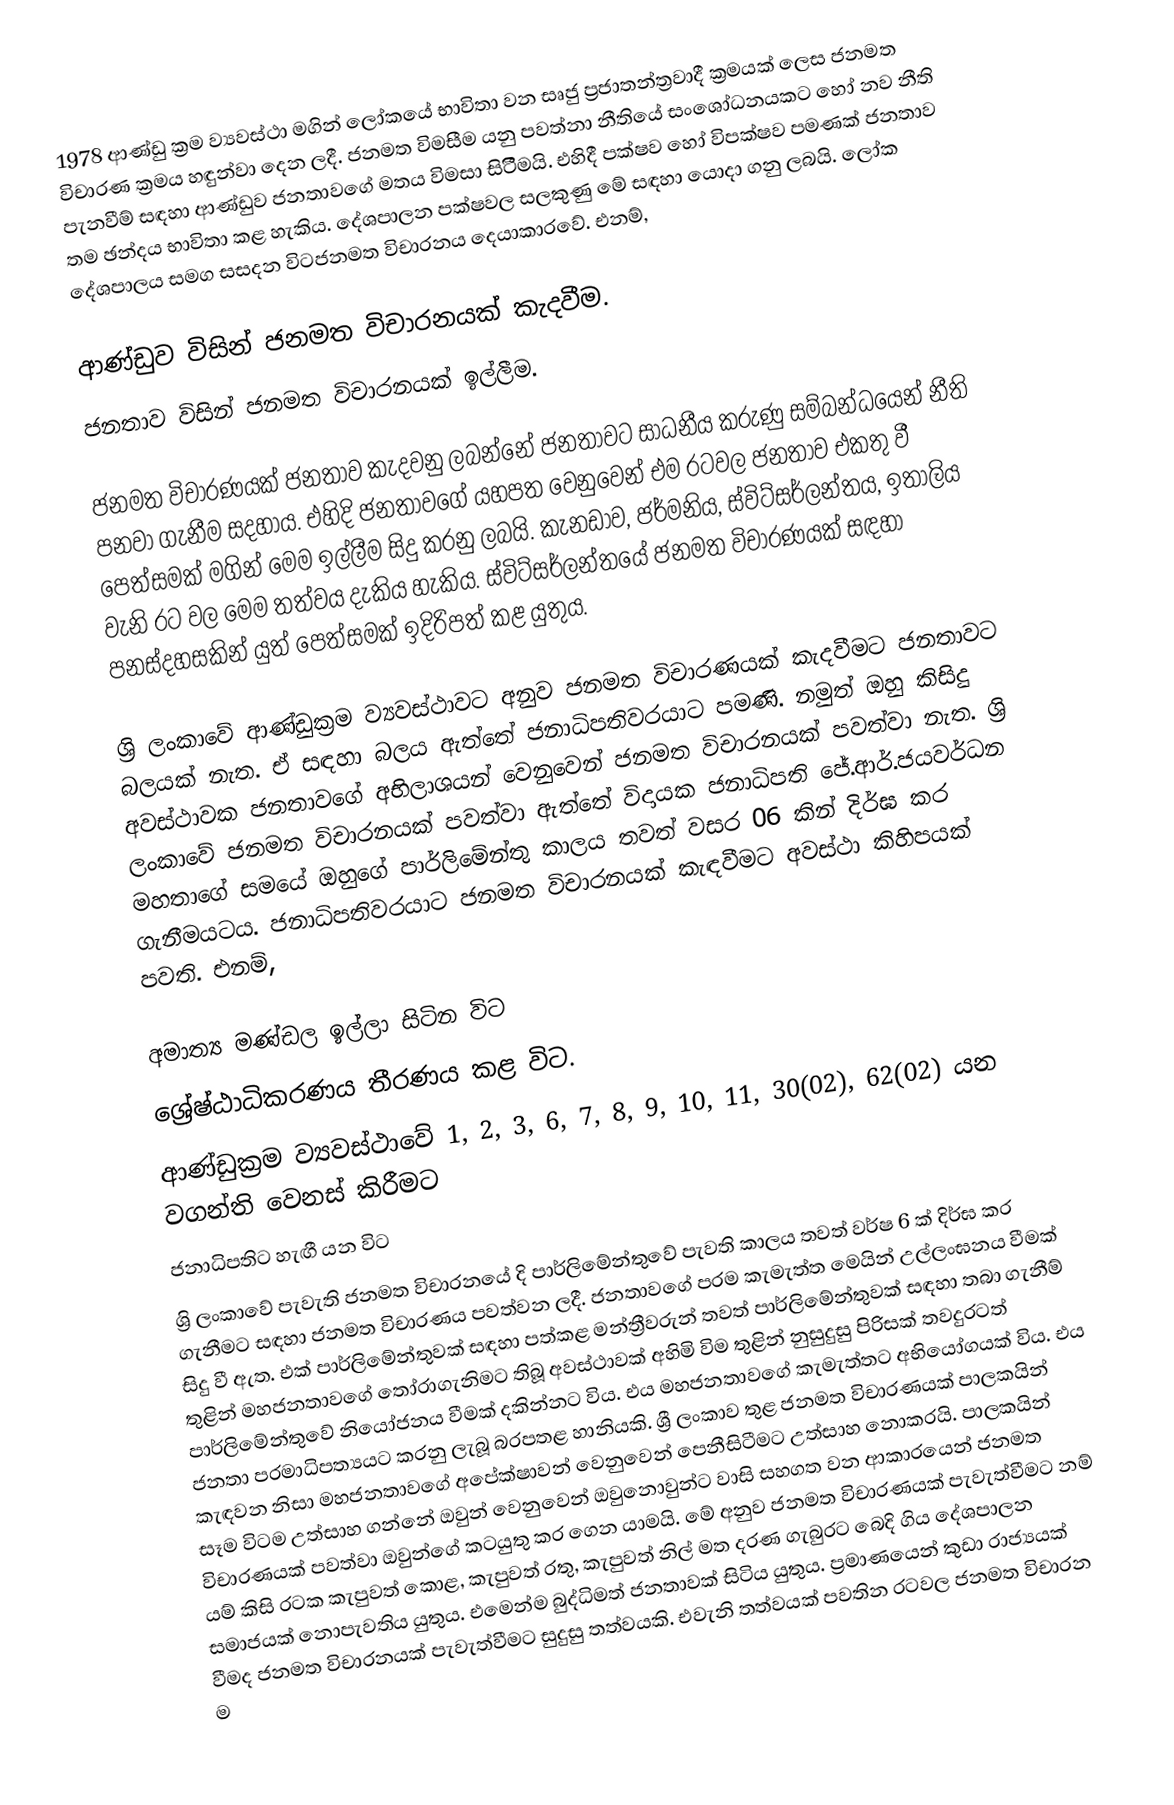
1978 ආණ්ඩු ක්‍රම ව්‍යවස්ථා මගින් ලෝකයේ භාවිතා වන  සෘජු  ප්‍රජාතන්ත්‍රවාදී ක්‍රමයක් ලෙස  ජනමත විචාරණ ක්‍රමය හඳුන්වා දෙන ලදී. ජනමත විමසීම යනු පවත්නා නීතියේ සංශෝධනයකට හෝ නව නීති පැනවීම් සඳහා ආණ්ඩුව ජනතාවගේ මතය විමසා සිටිීමයි. එහිදී පක්ෂව හෝ විපක්ෂව පමණක් ජනතාව තම ඡන්දය භාවිතා කළ හැකිය. දේශපාලන  පක්ෂවල සලකුණු මේ සඳහා යොදා ගනු ලබයි. ලෝක දේශපාලය සමග සසදන විටජනමත විචාරනය දෙයාකාරවේ. එනම්,

 ආණ්ඩුව විසින් ජනමත විචාරනයක් කැදවීම.
 ජනතාව විසින් ජනමත විචාරනයක් ඉල්ලීම.

ජනමත විචාරණයක් ජනතාව කැදවනු ලබන්නේ  ජනතාවට සාධනීය කරුණු සම්බන්ධයෙන් නීති පනවා ගැනීම සදහාය. එහිදි ජනතාවගේ යහපත වෙනුවෙන් එම රටවල ජනතාව එකතු වී පෙත්සමක් මගින් මෙම ඉල්ලීම සිදු කරනු ලබයි. කැනඩාව, ජර්මනිය, ස්විට්සර්ලන්තය, ඉතාලිය   වැනි රට වල මෙම තත්වය දැකිය හැකිය. ස්විට්සර්ලන්තයේ ජනමත විචාරණයක් සඳහා පනස්දහසකින් යුත් පෙත්සමක් ඉදිරිපත් කළ යුතුය.

ශ්‍රි  ලංකාවේ ආණ්ඩුක්‍ර‍ම ව්‍යවස්ථාවට අනුව  ජනමත විචාරණයක් කැදවීමට ජනතාවට බලයක් නැත. ඒ සඳහා බලය ඇත්තේ ජනාධිපතිවරයාට පමණි. නමුත් ඔහු කිසිදු අවස්ථාවක ජනතාවගේ අභිලාශයන් වෙනුවෙන් ජනමත විචාරනයක් පවත්වා නැත. ශ්‍රි ලංකාවේ ජනමත විචාරනයක් පවත්වා ඇත්තේ විදායක ජනාධිපති ජේ.ආර්.ජයවර්ධන මහතාගේ සමයේ ඔහුගේ පාර්ලිමේන්තු කාලය තවත් වසර 06 කින් දිර්ඝ කර ගැනීමයටය. ජනාධිපතිවරයාට ජනමත විචාරනයක් කැඳවීමට අවස්ථා කිහිපයක් පවති. එනම්,

 අමාත්‍ය මණ්ඩල ඉල්ලා සිටින විට
 ශ්‍රේෂ්ඨාධිකරණය තීරණය කළ විට.
 ආණ්ඩුක්‍රම ව්‍යවස්ථාවේ 1, 2, 3, 6, 7, 8, 9, 10, 11, 30(02), 62(02) යන වගන්ති වෙනස් කිරීමට
 ජනාධිපතිට හැඟී යන විට
ශ්‍රි ලංකාවේ පැවැති ජනමත විචාරනයේ දි  පාර්ලිමේන්තුවේ  පැවති කාලය තවත් වර්ෂ 6 ක් දිර්ඝ කර ගැනීමට සඳහා ජනමත විචාරණය පවත්වන ලදී. ජනතාවගේ පරම කැමැත්ත මෙයින් උල්ලංඝනය වීමක් සිදු වී ඇත. එක් පාර්ලිමේන්තුවක් සඳහා පත්කළ මන්ත්‍රීවරුන් තවත් පාර්ලිමේන්තුවක් සඳහා තබා ගැනීම් තුළින් මහජනතාවගේ තෝරාගැනිමට තිබූ අවස්ථාවක් අහිමි විම තුළින් නුසුදුසු පිරිසක් තවදුරටත් පාර්ලිමේන්තුවේ නියෝජනය වීමක් දකින්නට විය. එය මහජනතාවගේ කැමැත්තට අභියෝගයක් විය. එය ජනතා පරමාධිපත්‍යයට කරනු ලැබූ බරපතළ  හානියකි. ශ්‍රී ලංකාව තුළ ජනමත විචාරණයක් පාලකයින් කැඳවන නිසා මහජනතාවගේ අපේක්ෂාවන් වෙනුවෙන් පෙනීසිටීමට උත්සාහ නොකරයි. පාලකයින් සෑම විටම උත්සාහ ගන්නේ ඔවුන් වෙනුවෙන් ඔවුනොවුන්ට වාසි සහගත වන ආකාරයෙන් ජනමත විචාරණයක් පවත්වා ඔවුන්ගේ කටයුතු කර ගෙන යාමයි. මේ අනුව ජනමත විචාරණයක් පැවැත්වීමට නම් යම් කිසි රටක කැපුවත් කොළ, කැපුවත් රතු, කැපුවත් නිල් මත දරණ ගැබුරට බෙදි ගිය දේශපාලන සමාජයක් නොපැවතිය යුතුය. එමෙන්ම බුද්ධිමත් ජනතාවක් සිටිය යුතුය. ප්‍ර‍මාණයෙන් කුඩා රාජ්‍යයක් වීමද ජනමත විචාරනයක් පැවැත්වීමට සුදුසු තත්වයකි. එවැනි තත්වයක් පවතින රටවල ජනමත විචාරන ම